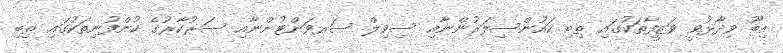
އިބޫ ވިދާޅުވީ ވަޒީފާތަކުގައި ތިބި ކައުންސިލަރުންނާއި ސިވިލް ސަރވަންޓުންނާއި ސަރުކާރުގެ ކުންފުނިތަކުގައި ތިބި